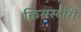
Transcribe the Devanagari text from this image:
किसस्टोरी